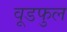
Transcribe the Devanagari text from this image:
वूडफुल